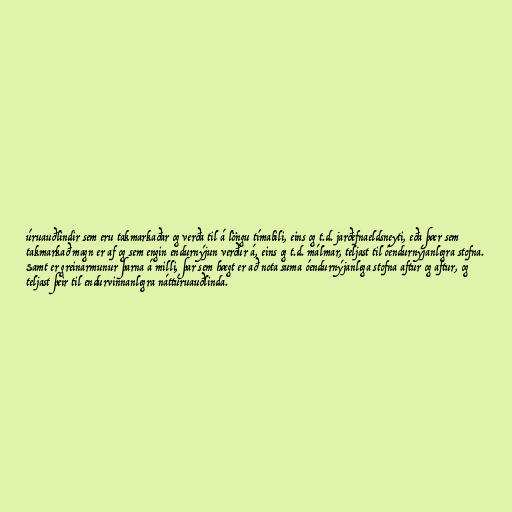
úruauðlindir sem eru takmarkaðar og verða til á löngu tímabili, eins og t.d. jarðefnaeldsneyti, eða þær sem
takmarkað magn er af og sem engin endurnýjun verður á, eins og t.d. málmar, teljast til óendurnýjanlegra stofna.
Samt er greinarmunur þarna á milli, þar sem hægt er að nota suma óendurnýjanlega stofna aftur og aftur, og
teljast þeir til endurvinnanlegra náttúruauðlinda.